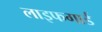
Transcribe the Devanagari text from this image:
लाइफगार्ड